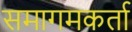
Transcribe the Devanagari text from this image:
समागमकर्ता